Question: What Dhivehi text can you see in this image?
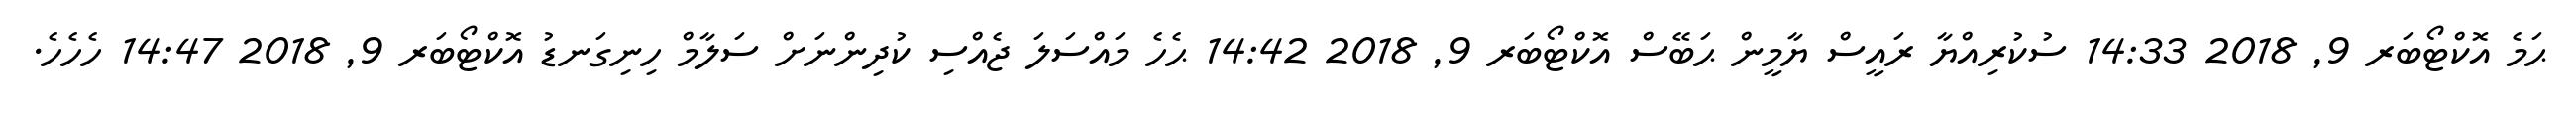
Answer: ޙަމެ އޮކްޓޯބަރ 9, 2018 14:33 ސުކުރިއްޔާ ރައީސް ޔާމީން ޙަބޭސް އޮކްޓޯބަރ 9, 2018 14:42 ޙެހެ މައްސަލަ ޖެއްސި ކުދިންނަށް ސަލާމް ހިނިގަނޑު އޮކްޓޯބަރ 9, 2018 14:47 ހެހެހެ.